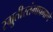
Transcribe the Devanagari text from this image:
स्म्रुतीस्तंभाप्रमाणे